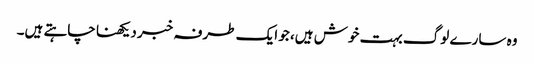
وہ سارے لوگ بہت خوش ہیں، جو ایک طرفہ خبر دیکھنا چاہتے ہیں۔